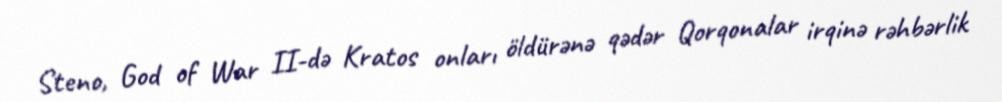
Steno, God of War II-də Kratos onları öldürənə qədər Qorqonalar irqinə rəhbərlik